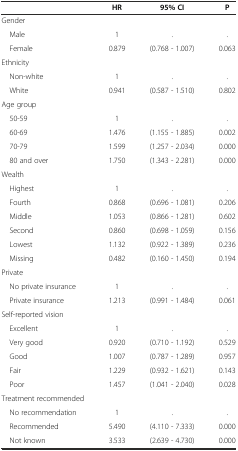
|  | HR | 95% CI | P |
 | --- | --- | --- | --- |
 | Gender |  |  |  |
 | Male | 1 | . | . |
 | Female | 0.879 | (0.768 - 1.007) | 0.063 |
 | Ethnicity |  |  |  |
 | Non-white | 1 | . | . |
 | White | 0.941 | (0.587 - 1.510) | 0.802 |
 | Age group |  |  |  |
 | 50-59 | 1 | . | . |
 | 60-69 | 1.476 | (1.155 - 1.885) | 0.002 |
 | 70-79 | 1.599 | (1.257 - 2.034) | 0.000 |
 | 80 and over | 1.750 | (1.343 - 2.281) | 0.000 |
 | Wealth |  |  |  |
 | Highest | 1 | . | . |
 | Fourth | 0.868 | (0.696 - 1.081) | 0.206 |
 | Middle | 1.053 | (0.866 - 1.281) | 0.602 |
 | Second | 0.860 | (0.698 - 1.059) | 0.156 |
 | Lowest | 1.132 | (0.922 - 1.389) | 0.236 |
 | Missing | 0.482 | (0.160 - 1.450) | 0.194 |
 | Private |  |  |  |
 | No private insurance | 1 | . | . |
 | Private insurance | 1.213 | (0.991 - 1.484) | 0.061 |
 | Self-reported vision |  |  |  |
 | Excellent | 1 | . | . |
 | Very good | 0.920 | (0.710 - 1.192) | 0.529 |
 | Good | 1.007 | (0.787 - 1.289) | 0.957 |
 | Fair | 1.229 | (0.932 - 1.621) | 0.143 |
 | Poor | 1.457 | (1.041 - 2.040) | 0.028 |
 | Treatment recommended |  |  |  |
 | No recommendation | 1 | . | . |
 | Recommended | 5.490 | (4.110 - 7.333) | 0.000 |
 | Not known | 3.533 | (2.639 - 4.730) | 0.000 |